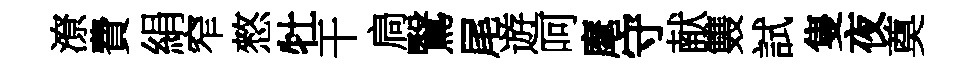
潦費絹窄憗牡干扃鷖尾遊呵麾守献䨇試隻夜奠